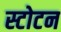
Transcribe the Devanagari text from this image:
स्टोटन